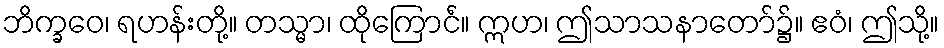
ဘိက္ခဝေ၊ ရဟန်းတို့။ တသ္မာ၊ ထိုကြောင်ံ။ ဣဟ၊ ဤသာသနာတော်၌။ ဧဝံ၊ ဤသို့။